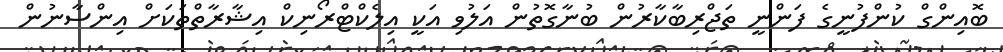
ބޮއިންގް ކުުންފުނީގެ ފަންނީ ތަޖްރިބާކާރުން ބުނާގޮތުން އަލުވި އަކީ އިލެކްޓްރޯނިކް އިޝާރާތްތަކަށް އިންސާނުން